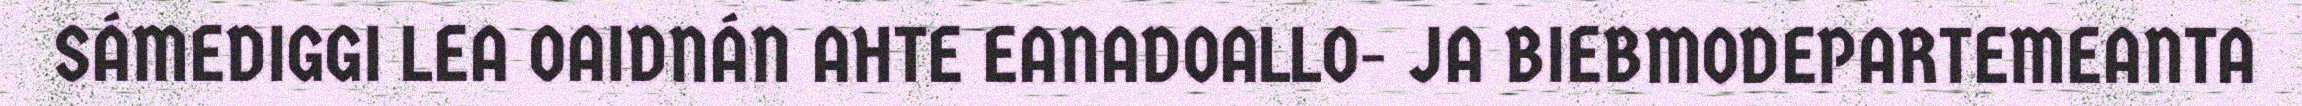
SÁMEDIGGI LEA OAIDNÁN AHTE EANADOALLO- JA BIEBMODEPARTEMEANTA